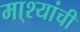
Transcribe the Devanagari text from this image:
मा्श्यांची